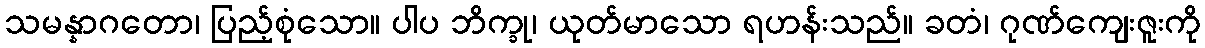
သမန္နာဂတော၊ ပြည့်စုံသော။ ပါပ ဘိက္ခု၊ ယုတ်မာသော ရဟန်းသည်။ ခတံ၊ ဂုဏ်ကျေးဇူးကို